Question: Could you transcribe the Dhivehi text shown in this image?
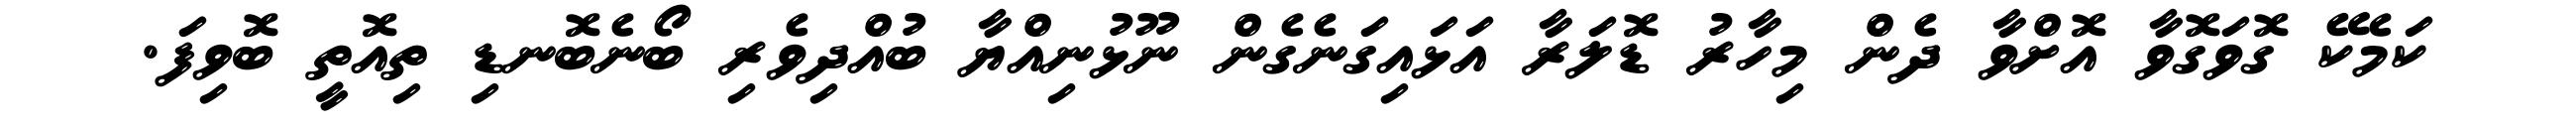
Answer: ކަމެކޭ ގޮވަގޮވާ އޮށްވާ ދެން މިހާރު ޑޮލަރާ އަޅައިގަނެގެން ނޫޅުނިއްޔާ ބުއްދިވެރި ބޯނެބޮނޑި ތިއޮތީ ބޮވިފަ.